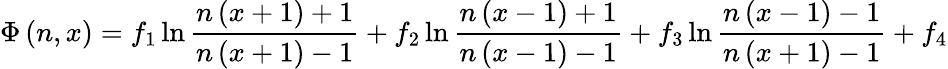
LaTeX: \displaystyle\Phi\left(n,x\right)=f_{1}\ln\frac{n\left(x+1\right)+1}{n\left(x+1\right)-1}+f_{2}\ln\frac{n\left(x-1\right)+1}{n\left(x-1\right)-1}+f_{3}\ln\frac{n\left(x-1\right)-1}{n\left(x+1\right)-1}+f_{4}